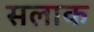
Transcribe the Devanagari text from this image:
सलाक